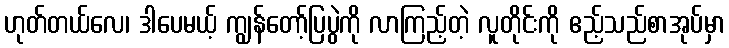
ဟုတ်တယ်လေ၊ ဒါပေမယ့် ကျွန်တော့်ပြပွဲကို လာကြည့်တဲ့ လူတိုင်းကို ဧည့်သည်စာအုပ်မှာ